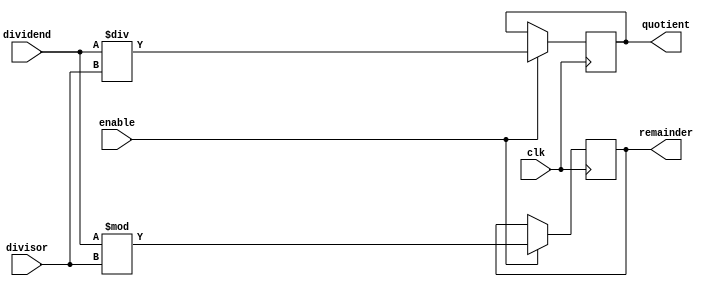
module Divider (
  input  wire      clk,
  input  wire      enable,
  input  wire [31:0] dividend,
  input  wire [31:0] divisor,
  output reg  [31:0] quotient,
  output reg  [31:0] remainder
);

always @ (posedge clk) begin
  if (enable) begin
    quotient <= dividend / divisor;
    remainder <= dividend % divisor;
  end
end

endmodule